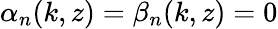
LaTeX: \alpha_{n}(k,z)=\beta_{n}(k,z)=0